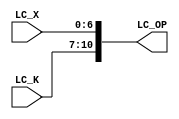
module Logarithmic_Converter #(parameter DataIN_width = 16, truncation_width = 6, DataK_width = 4)
(
input	wire	[DataK_width-1:0]					LC_K, //index of first one
input	wire	[truncation_width:0]				LC_X, //fraction part of log2(operand) but it's truncated
output	reg		[DataK_width+truncation_width:0]	LC_OP
);

always@(*)
begin
LC_OP = {LC_K,LC_X} ;
end

endmodule